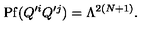
\mathrm { P f } ( Q ^ { \prime i } Q ^ { \prime j } ) = \Lambda ^ { 2 ( N + 1 ) } .